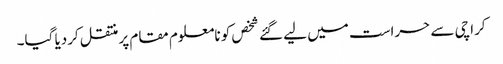
کراچی سے حراست میں لیے گئے شخص کو نامعلوم مقام پرمنتقل کردیا گیا۔